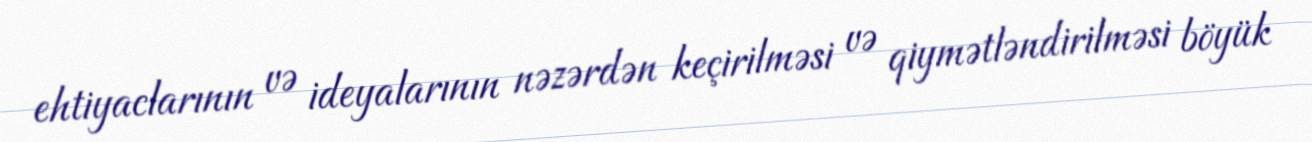
ehtiyaclarının və ideyalarının nəzərdən keçirilməsi və qiymətləndirilməsi böyük